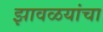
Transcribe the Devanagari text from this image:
झावळयांचा